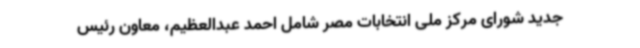
جدید شورای مرکز ملی انتخابات مصر شامل احمد عبدالعظیم، معاون رئیس